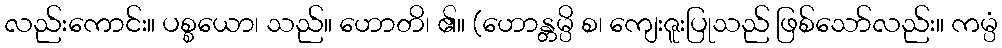
လည်းကောင်း။ ပစ္စယော၊ သည်။ ဟောတိ၊ ၏။ (ဟောန္တမ္ပိ စ၊ ကျေးဇူးပြုသည် ဖြစ်သော်လည်း။ ကမ္ပံ